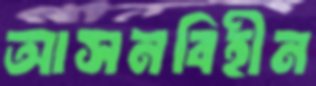
আসনবিহীন